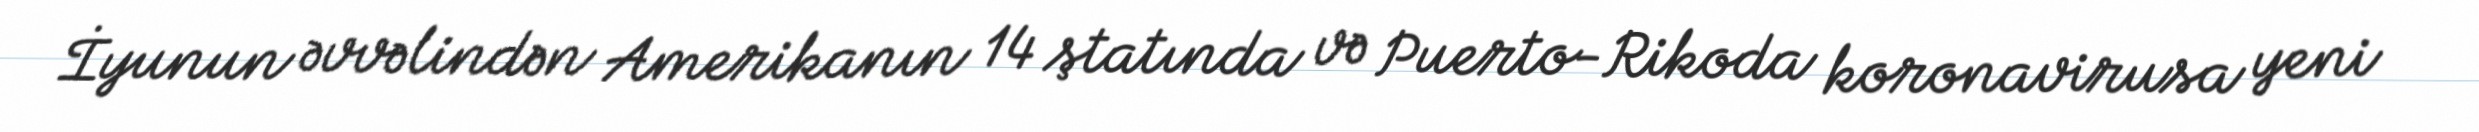
İyunun əvvəlindən Amerikanın 14 ştatında və Puerto-Rikoda koronavirusa yeni